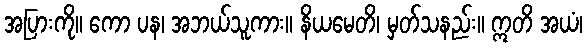
အပြားကို။ ကော ပန၊ အဘယ်သူကား။ နိယမေတိ၊ မှတ်သနည်း။ ဣတိ အယံ၊